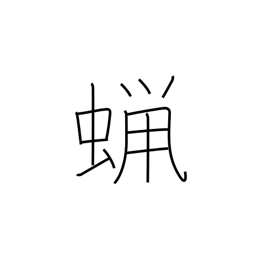
Meaning: wax